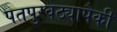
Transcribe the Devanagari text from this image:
पतपुरवठ्यापैकी